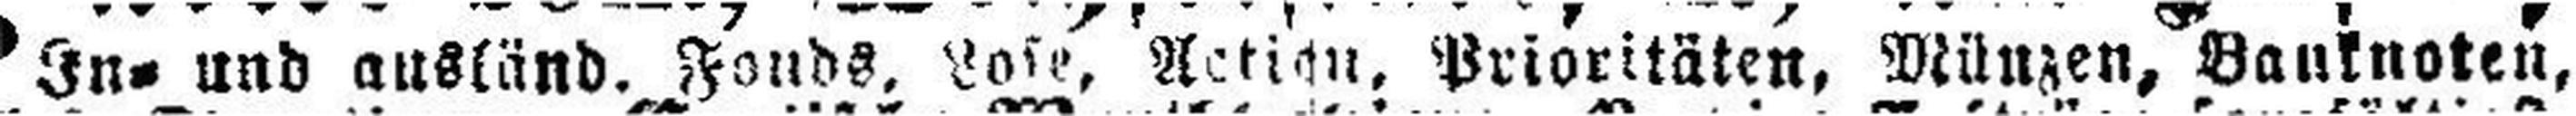
In= und ausländ. Fonds, Lose, Action, Prioritäten, Münzen, Banknoten,